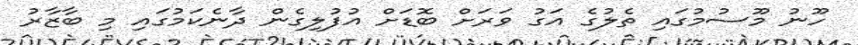
ހޫނު މޫސުމުގައި ތެލުގެ އަގު ވަރަށް ބޮޑަށް އުފުލިގެން ދާނެކަމުގައި މި ބާޒާރު